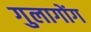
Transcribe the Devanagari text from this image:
गुलागोंग